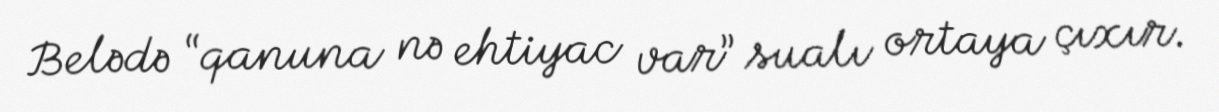
Belədə “qanuna nə ehtiyac var” sualı ortaya çıxır.